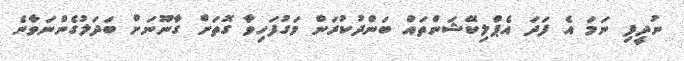
ނުދީފި ނަމަ އެ ފަދަ އެޕްލިކޭޝަންތައް ބަންދުކުރަން މަގުފަހިވާ ގޮތަށް ގާނޫނަށް ބަދަލުގެންނަވާނެ